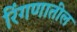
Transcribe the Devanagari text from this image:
रिंगणातील